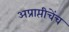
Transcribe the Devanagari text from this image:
अप्राप्तीचेंच